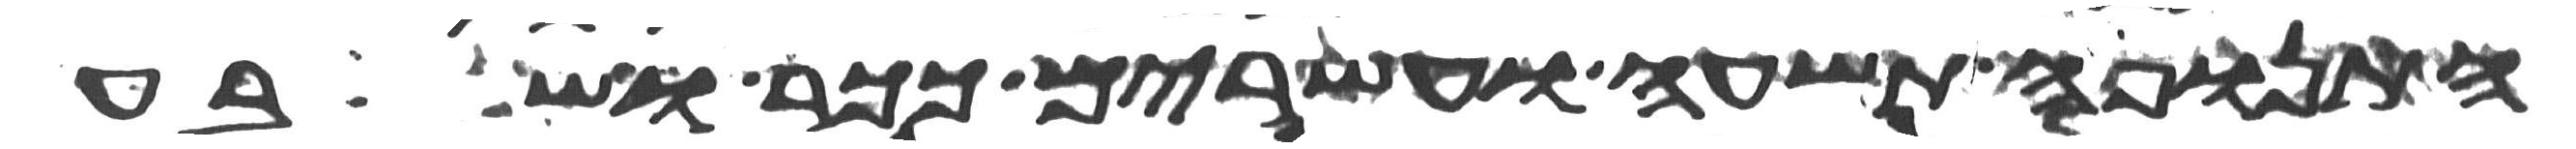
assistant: התנופה תשע ועשרים ככר ושבע